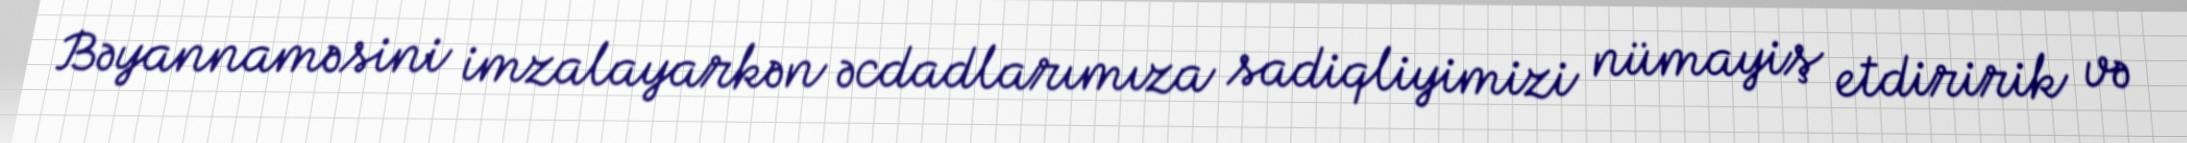
Bəyannaməsini imzalayarkən əcdadlarımıza sadiqliyimizi nümayiş etdiririk və